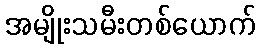
အမျိုးသမီးတစ်ယောက်